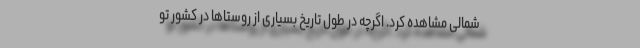
شمالی مشاهده کرد. اگرچه در طول تاریخ بسیاری از روستاها در کشور تو